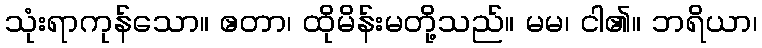
သုံးရာကုန်သော။ ဧတာ၊ ထိုမိန်းမတို့သည်။ မမ၊ ငါ၏။ ဘရိယာ၊